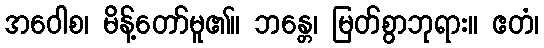
အဝေါစ၊ မိန့်တော်မူ၏။ ဘန္တေ၊ မြတ်စွာဘုရား။ ဧတံ၊